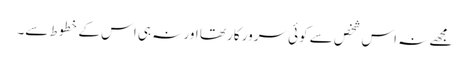
مجھے نہ اس شخص سے کوئی سرور کار تھا اور نہ ہی اس کے خطوط سے۔